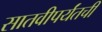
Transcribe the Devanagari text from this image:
सातवीपर्यंतची